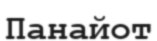
Панайот